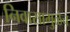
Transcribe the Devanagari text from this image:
निवासामुळेच